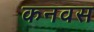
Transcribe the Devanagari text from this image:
कनवस